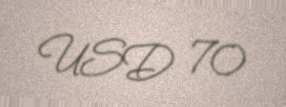
USD 70